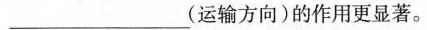
___(运输方向)的作用更显著。